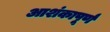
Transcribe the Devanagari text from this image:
आशंकापूर्ण